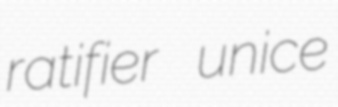
ratifier unice